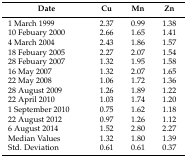
| Date | Cu | Mn | Zn |
 | --- | --- | --- | --- |
 | 1 March 1999 | 2.37 | 0.99 | 1.38 |
 | 10 Febuary 2000 | 2.66 | 1.65 | 1.41 |
 | 4 March 2004 | 2.43 | 1.86 | 1.57 |
 | 18 Febuary 2005 | 2.27 | 2.07 | 1.54 |
 | 28 Febuary 2007 | 1.32 | 1.95 | 1.58 |
 | 16 May 2007 | 1.32 | 2.07 | 1.65 |
 | 22 May 2008 | 1.06 | 1.72 | 1.36 |
 | 28 August 2009 | 1.26 | 1.89 | 1.22 |
 | 22 April 2010 | 1.03 | 1.74 | 1.20 |
 | 1 September 2010 | 0.75 | 1.62 | 1.18 |
 | 22 August 2012 | 0.97 | 1.26 | 1.12 |
 | 6 August 2014 | 1.52 | 2.80 | 2.27 |
 | Median Values | 1.32 | 1.80 | 1.39 |
 | Std. Deviation | 0.61 | 0.61 | 0.37 |